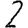
Digit: 2